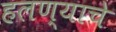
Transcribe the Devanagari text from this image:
हलण्याचे